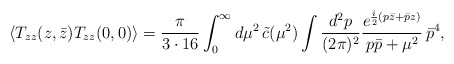
\begin{align*}\langle T_{zz}(z,\bar{z})T_{zz}(0,0)\rangle = \frac{\pi}{3\cdot 16}\int_0^\infty d\mu^2 \, \tilde{c}(\mu^2)\int \frac{d^2 p}{(2\pi)^2} \frac{e^{\frac{i}{2}(p\bar{z}+\bar{p}z)}}{p\bar{p}+\mu^2} \, \bar{p}^4,\end{align*}